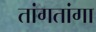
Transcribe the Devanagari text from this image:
तांगतांगा